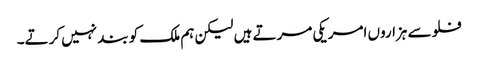
فلو سے ہزاروں امریکی مرتے ہیں لیکن ہم ملک کو بند نہیں کرتے۔